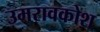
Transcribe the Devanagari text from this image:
उमरावकोश